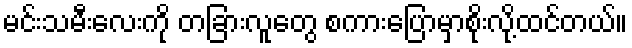
မင်းသမီးလေးကို တခြားလူတွေ စကားပြောမှာစိုးလို့ထင်တယ်။